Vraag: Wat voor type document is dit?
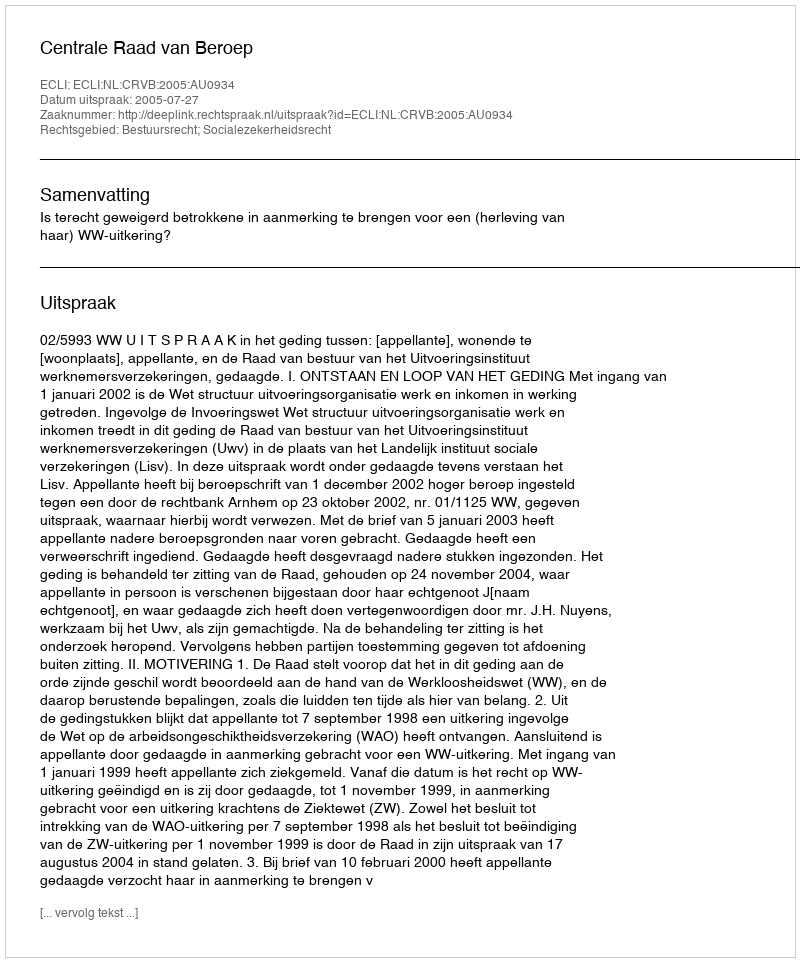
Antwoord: Uitspraak